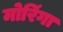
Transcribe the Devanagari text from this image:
मोरिंगा